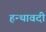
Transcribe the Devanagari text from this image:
हन्थावदी